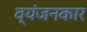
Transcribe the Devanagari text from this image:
व्यंजनकार